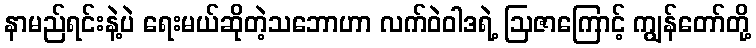
နာမည်ရင်းနဲ့ပဲ ရေးမယ်ဆိုတဲ့သဘောဟာ လက်ဝဲဝါဒရဲ့ ဩဇာကြောင့် ကျွန်တော်တို့